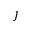
\jmath